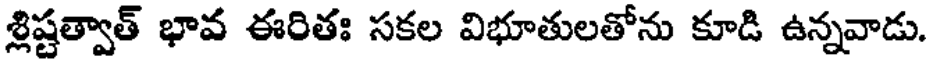
శ్లిష్టత్వాత్ భావ ఈరితః సకల విభూతులతోను కూడి ఉన్నవాడు.